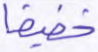
خفيفا